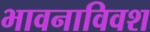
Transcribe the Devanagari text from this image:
भावनाविवश